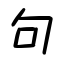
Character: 句